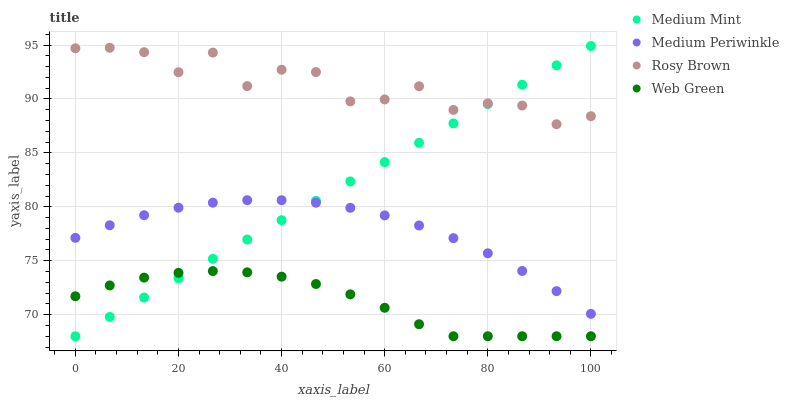
| xaxis_label | Medium Mint | Medium Periwinkle | Rosy Brown | Web Green |
 | --- | --- | --- | --- | --- |
 | 0 | 68 | 77.1 | 94.7 | 71.7 |
 | 6.67 | 69.8 | 78.3 | 94.7 | 72.7 |
 | 13.3 | 71.6 | 79.2 | 94.3 | 73.4 |
 | 20 | 73.4 | 79.9 | 92.5 | 73.9 |
 | 26.7 | 75.2 | 80.4 | 94.3 | 74 |
 | 33.3 | 77 | 80.6 | 91.2 | 73.9 |
 | 40 | 78.8 | 80.6 | 92.7 | 73.5 |
 | 46.7 | 80.6 | 80.4 | 92.5 | 72.8 |
 | 53.3 | 82.4 | 79.9 | 89.8 | 71.9 |
 | 60 | 84.1 | 79.2 | 90 | 70.6 |
 | 66.7 | 85.9 | 78.3 | 91.2 | 69.1 |
 | 73.3 | 87.7 | 77.1 | 89 | 68 |
 | 80 | 89.5 | 75.7 | 89.6 | 68 |
 | 86.7 | 91.3 | 74.1 | 89.4 | 68 |
 | 93.3 | 93.1 | 72.2 | 87.7 | 68 |
 | 100 | 94.9 | 70.1 | 88.4 | 68 |